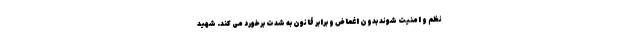
نظم و امنیت شوند بدون اغماض و برابر قانون به شدت برخورد می کند. شهید